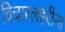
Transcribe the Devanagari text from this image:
विचारलहरींना